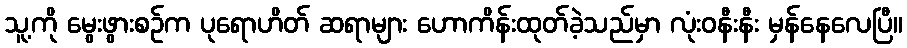
သူ့ကို မွေးဖွားစဉ်က ပုရောဟိတ် ဆရာများ ဟောကိန်းထုတ်ခဲ့သည်မှာ လုံးဝနီးနီး မှန်နေလေပြီ။